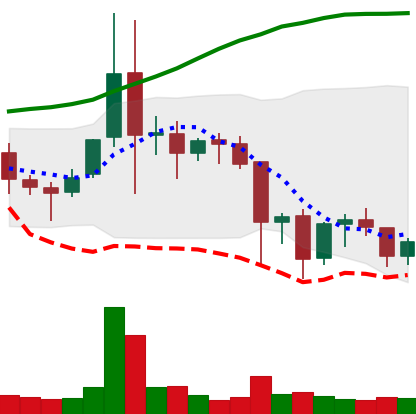
Ticker: ETC-USD
Chart end date: 2021-11-23
Forward return: -4.136%
Label: down_3_5